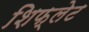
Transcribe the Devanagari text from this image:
शिफ्लेट